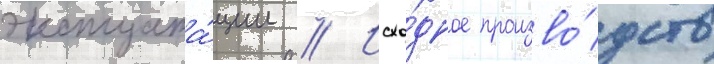
эксплуата́ции // Исхо́дное произво́дство